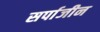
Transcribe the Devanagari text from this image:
सर्पाजीन